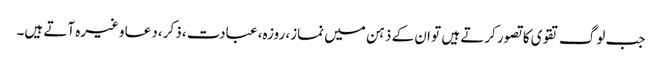
جب لوگ تقوی کا تصور کرتے ہیں تو ان کے ذہن میں نماز، روزہ، عبادت، ذکر، دعا وغیرہ آتے ہیں۔